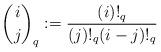
LaTeX: \begin{align*}\binom{i}{j}_q :=\frac{(i)!_q}{(j)!_q (i-j)!_q}\qquad\end{align*}